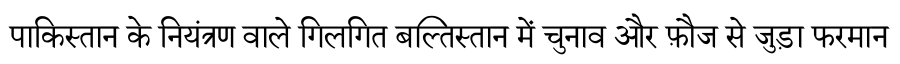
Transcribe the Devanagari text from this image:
पाकिस्तान के नियंत्रण वाले गिलगित बल्तिस्तान में चुनाव और फ़ौज से जुड़ा फरमान